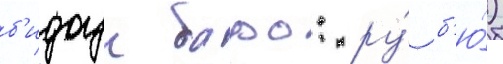
б'идоун баро: ру́ б'ю́)